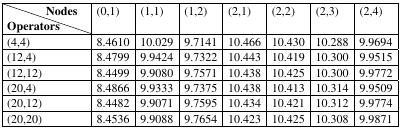
<table><thead><tr><td><b>Nodes</b></td><td rowspan="2"><b>(0,1)</b></td><td rowspan="2"><b>(1,1)</b></td><td rowspan="2"><b>(1,2)</b></td><td rowspan="2"><b>(2,1)</b></td><td rowspan="2"><b>(2,2)</b></td><td rowspan="2"><b>(2,3)</b></td><td rowspan="2"><b>(2,4)</b></td></tr><tr><td><b>Operators</b></td></tr></thead><tbody><tr><td>(4,4)</td><td>8.4610</td><td>10.029</td><td>9.7141</td><td>10.466</td><td>10.430</td><td>10.288</td><td>9.9694</td></tr><tr><td>(12,4)</td><td>8.4799</td><td>9.9424</td><td>9.7322</td><td>10.443</td><td>10.419</td><td>10.300</td><td>9.9515</td></tr><tr><td>(12,12)</td><td>8.4499</td><td>9.9080</td><td>9.7571</td><td>10.438</td><td>10.425</td><td>10.300</td><td>9.9772</td></tr><tr><td>(20,4)</td><td>8.4866</td><td>9.9333</td><td>9.7375</td><td>10.438</td><td>10.413</td><td>10.314</td><td>9.9509</td></tr><tr><td>(20,12)</td><td>8.4482</td><td>9.9071</td><td>9.7595</td><td>10.434</td><td>10.421</td><td>10.312</td><td>9.9774</td></tr><tr><td>(20,20)</td><td>8.4536</td><td>9.9088</td><td>9.7654</td><td>10.423</td><td>10.425</td><td>10.308</td><td>9.9871</td></tr></tbody></table>